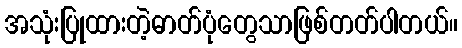
အသုံးပြုထားတဲ့ဓာတ်ပုံတွေသာဖြစ်တတ်ပါတယ်။